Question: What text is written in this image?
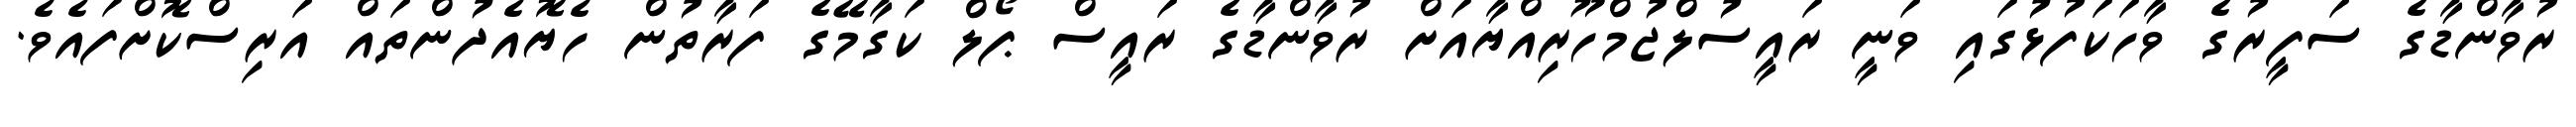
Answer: ރުވާންޑާގެ ސަފީރުގެ ވާހަކަފުޅުގައި ވަނީ ރައީސުލްޖުމްހޫރިއްޔާއަށް ރުވާންޑާގެ ރައީސް ޕޯލް ކަގާމޭގެ ފަރާތުން ހެޔޮއެދުންތައް އަރިސްކޮށްފައެވެ.